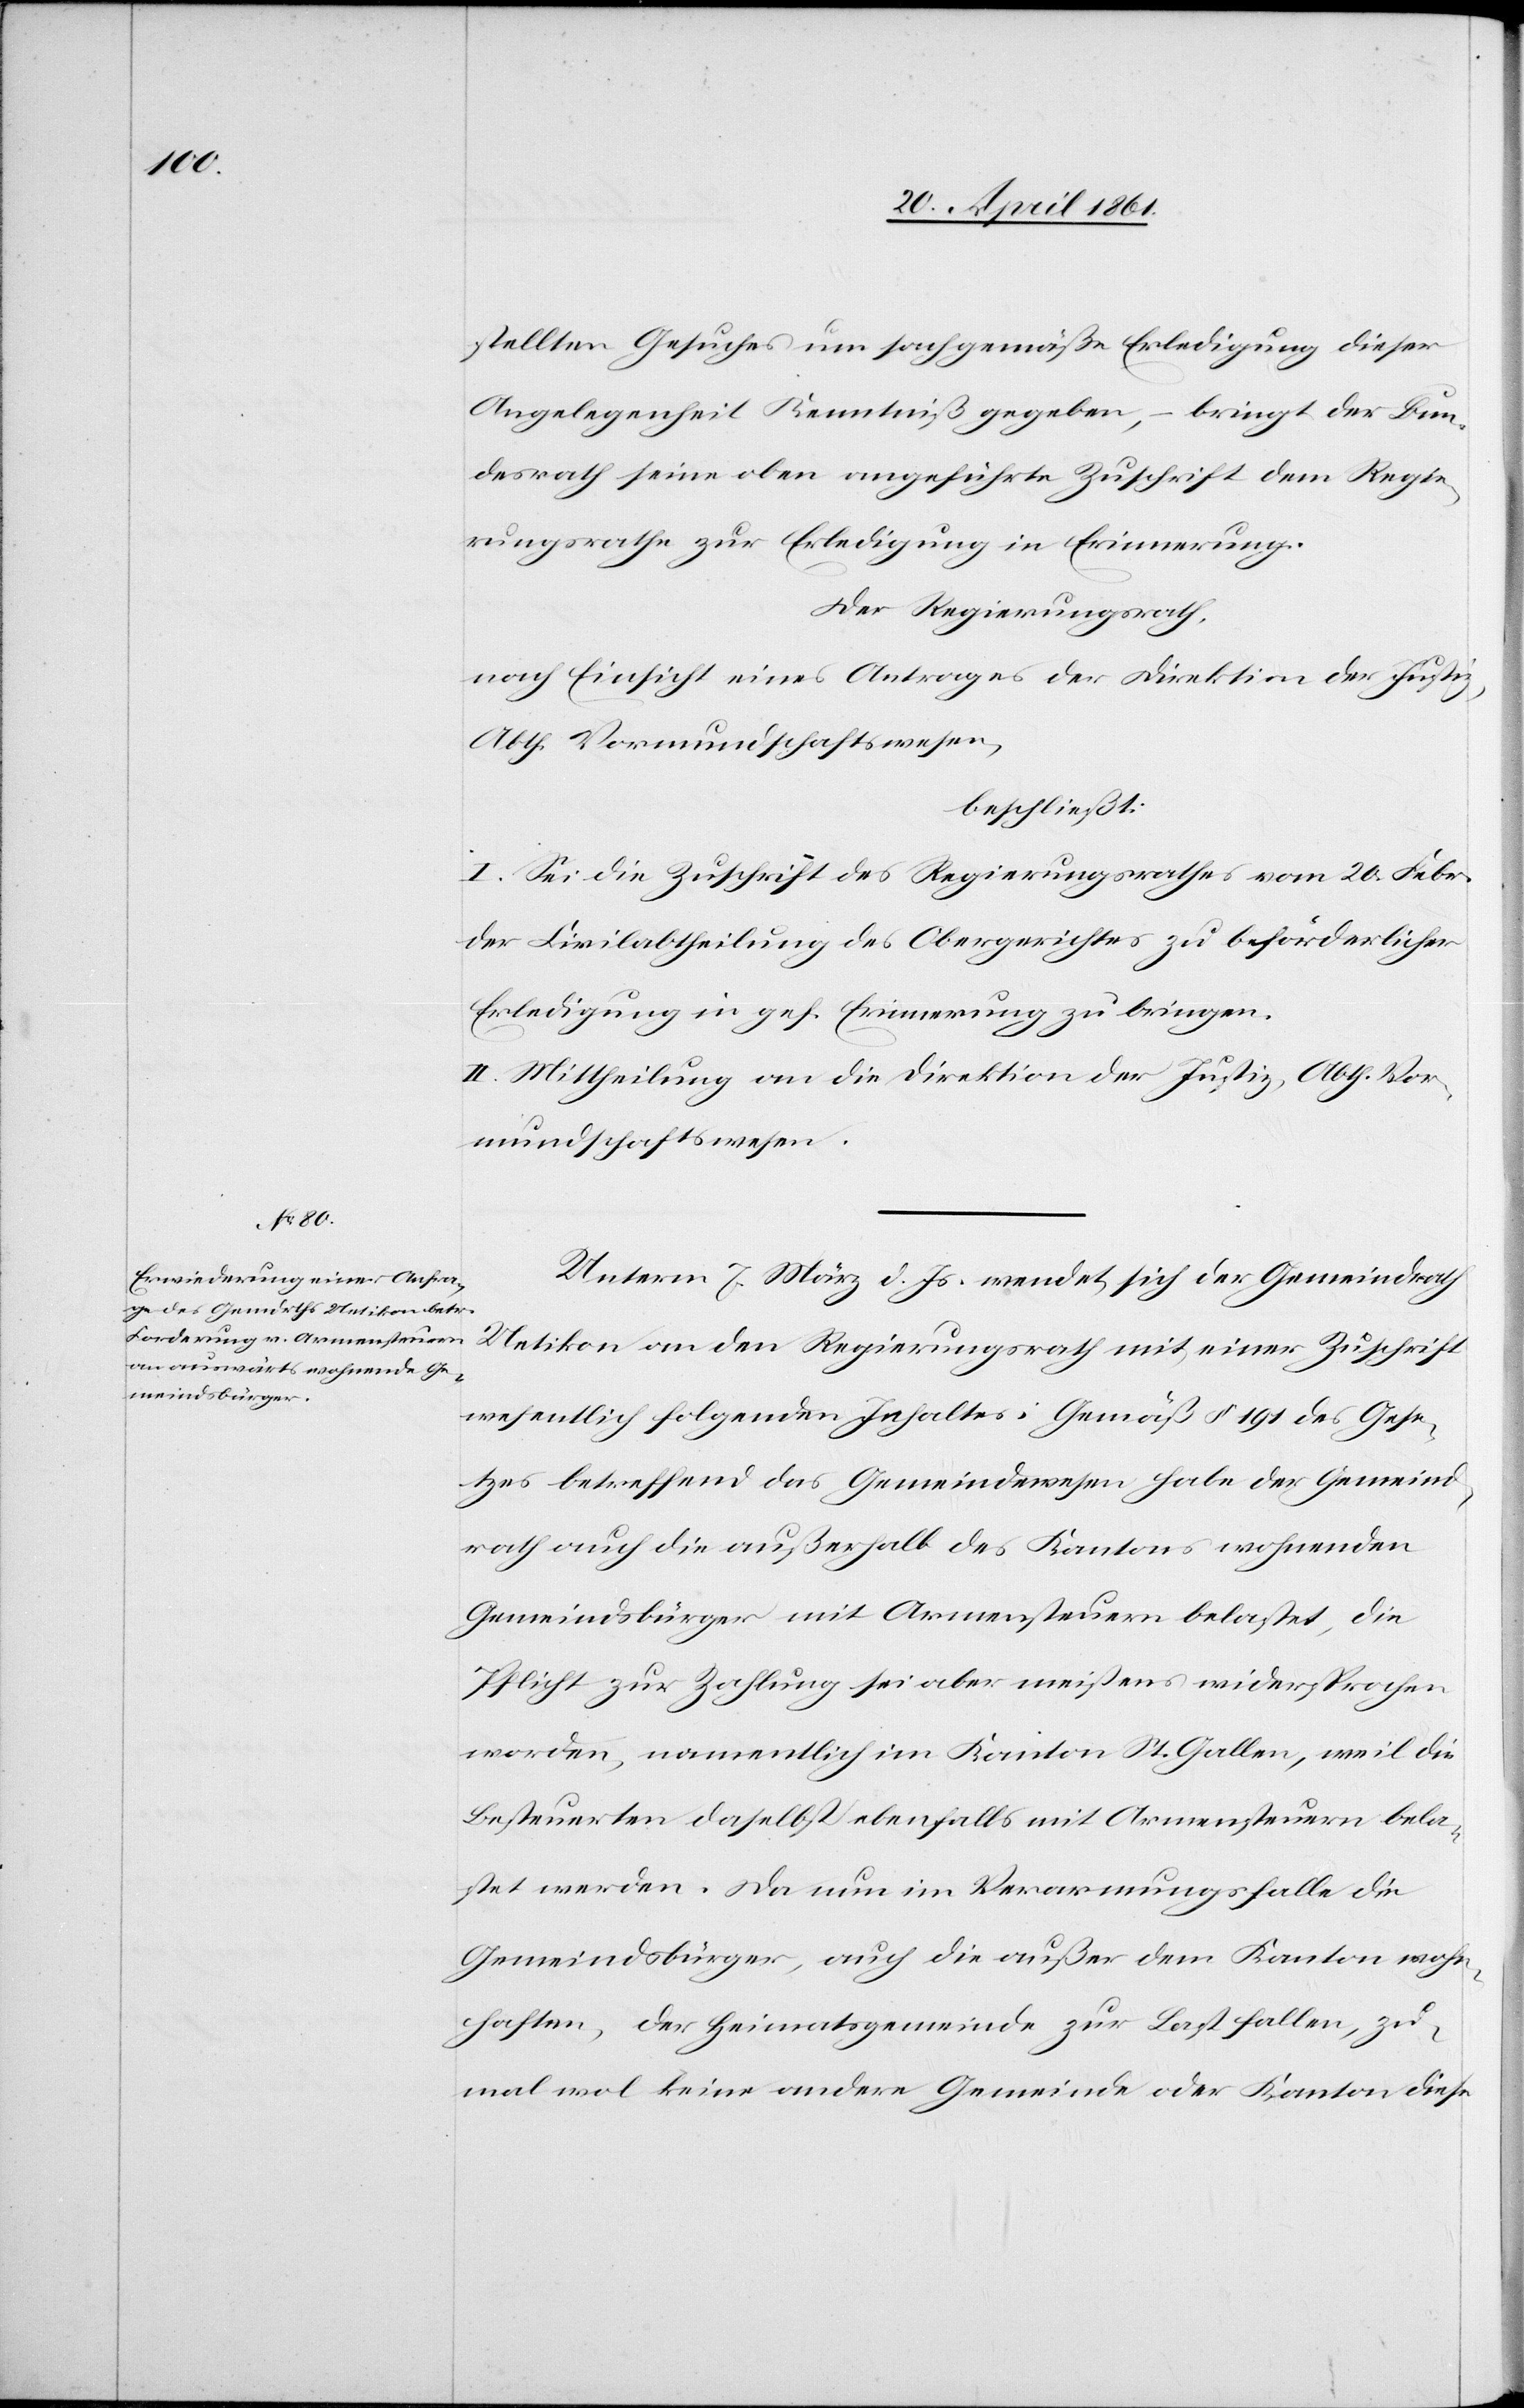
stellten Gesuches um sachgemäße Erledigung dieser
Angelegenheit Kenntniß gegeben, – bringt der Bun¬
desrath seine oben angeführte Zuschrift dem Regie¬
rungsrathe zur Erledigung in Erinnerung.
Der Regierungsrath,
nach Einsicht eines Antrages der Direktion der Justiz,
Abth. Vormundschaftswesen,
beschließt:
I. Sei die Zuschrift des Regierungsrathes vom 20. Febr.
der Civilabtheilung des Obergerichtes zu beförderlicher
Erledigung in gef. Erinnerung zu bringen.
II. Mittheilung an die Direktion der Justiz, Abth. Vor¬
mundschaftswesen.
Unterm 7. März d. Js. wendet sich der Gemeindrath
Uetikon an den Regierungsrath mit einer Zuschrift
wesentlich folgenden Inhaltes: Gemäß § 191 des Gese¬
tzes betreffend das Gemeindewesen habe der Gemeind¬
rath auch die außerhalb des Kantons wohnenden
Gemeindsbürger mit Armensteuern belastet, die
Pflicht zur Zahlung sei aber meistens widersprochen
worden, namentlich im Kanton St. Gallen, weil die
Besteuerten daselbst ebenfalls mit Armensteuern bela¬
stet werden. Da nun im Verarmungsfalle die
Gemeindsbürger, auch die außer dem Kanton wohn¬
haften, der Heimatsgemeinde zur Last fallen, zu¬
mal keine andere Gemeinde oder Kanton diese